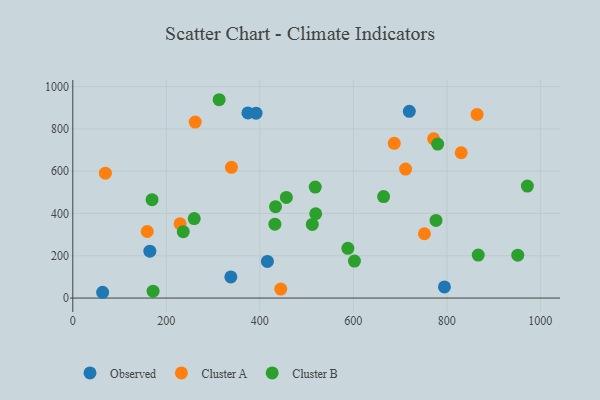
{"axis": {"x": "Ad Spend", "y": "Yield"}, "legend": ["Cluster A", "Cluster B", "Observed"], "data": [{"x": "416.2", "y": 173.3, "type": "Observed"}, {"x": "719.7", "y": 883.0, "type": "Observed"}, {"x": "391.9", "y": 873.9, "type": "Observed"}, {"x": "164.8", "y": 221.5, "type": "Observed"}, {"x": "794.8", "y": 52.4, "type": "Observed"}, {"x": "63.8", "y": 27.3, "type": "Observed"}, {"x": "338.0", "y": 99.9, "type": "Observed"}, {"x": "374.5", "y": 875.4, "type": "Observed"}, {"x": "752.1", "y": 304.0, "type": "Cluster A"}, {"x": "444.8", "y": 42.2, "type": "Cluster A"}, {"x": "261.8", "y": 832.2, "type": "Cluster A"}, {"x": "159.2", "y": 314.7, "type": "Cluster A"}, {"x": "339.3", "y": 618.1, "type": "Cluster A"}, {"x": "711.7", "y": 609.8, "type": "Cluster A"}, {"x": "229.4", "y": 351.3, "type": "Cluster A"}, {"x": "864.6", "y": 868.1, "type": "Cluster A"}, {"x": "830.7", "y": 687.0, "type": "Cluster A"}, {"x": "69.7", "y": 590.3, "type": "Cluster A"}, {"x": "771.7", "y": 752.7, "type": "Cluster A"}, {"x": "687.5", "y": 731.7, "type": "Cluster A"}, {"x": "602.4", "y": 174.7, "type": "Cluster B"}, {"x": "236.2", "y": 313.6, "type": "Cluster B"}, {"x": "867.1", "y": 203.4, "type": "Cluster B"}, {"x": "776.8", "y": 367.1, "type": "Cluster B"}, {"x": "456.7", "y": 475.9, "type": "Cluster B"}, {"x": "313.0", "y": 937.7, "type": "Cluster B"}, {"x": "433.6", "y": 432.2, "type": "Cluster B"}, {"x": "519.5", "y": 398.5, "type": "Cluster B"}, {"x": "951.6", "y": 202.8, "type": "Cluster B"}, {"x": "780.4", "y": 728.2, "type": "Cluster B"}, {"x": "972.2", "y": 529.4, "type": "Cluster B"}, {"x": "518.5", "y": 524.6, "type": "Cluster B"}, {"x": "259.7", "y": 375.7, "type": "Cluster B"}, {"x": "512.2", "y": 348.2, "type": "Cluster B"}, {"x": "169.5", "y": 464.9, "type": "Cluster B"}, {"x": "664.7", "y": 479.8, "type": "Cluster B"}, {"x": "171.7", "y": 32.7, "type": "Cluster B"}, {"x": "588.3", "y": 235.0, "type": "Cluster B"}, {"x": "432.2", "y": 349.3, "type": "Cluster B"}]}